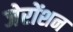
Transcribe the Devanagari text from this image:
जेरोंशन